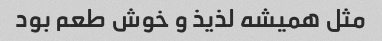
مثل همیشه لذیذ و خوش طعم بود